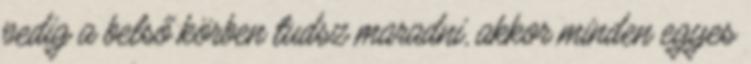
pedig a belső körben tudsz maradni, akkor minden egyes